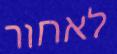
לאחור